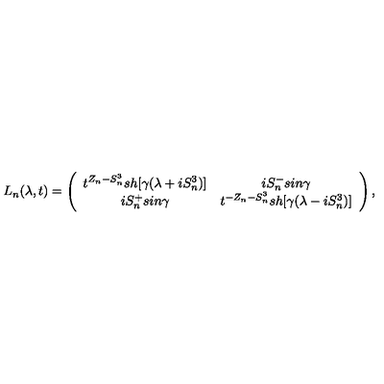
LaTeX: L _ { n } ( \lambda , t ) = \left( \begin{array} { c c } { t ^ { Z _ { n } - S _ { n } ^ { 3 } } s h [ \gamma ( \lambda + i S _ { n } ^ { 3 } ) ] } & { i S _ { n } ^ { - } s i n \gamma } \\ { i S _ { n } ^ { + } s i n \gamma } & { t ^ { - Z _ { n } - S _ { n } ^ { 3 } } s h [ \gamma ( \lambda - i S _ { n } ^ { 3 } ) ] } \\ \end{array} \right) ,